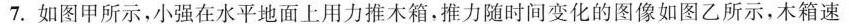
7.如图甲所示，小强在水平地面上用力推木箱，推力随时间变化的图像如图乙所示，木箱速